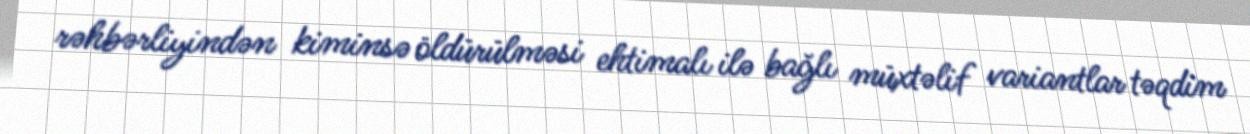
rəhbərliyindən kiminsə öldürülməsi ehtimalı ilə bağlı müxtəlif variantlar təqdim